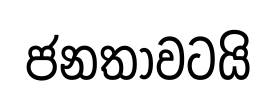
ජනතාවටයි